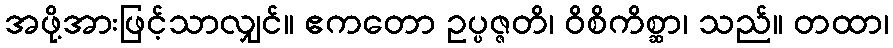
အဖို့အားဖြင့်သာလျှင်။ ဧကတော ဥပ္ပဇ္ဇတိ၊ ဝိစိကိစ္ဆာ၊ သည်။ တထာ၊